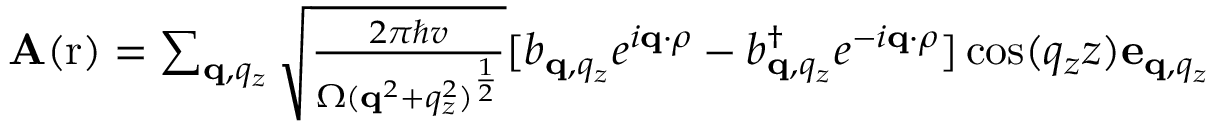
\begin{array} { r } { \mathbf A ( \mathrm r ) = \sum _ { \mathbf q , q _ { z } } \sqrt { \frac { 2 \pi \hbar v } { \Omega ( \mathbf q ^ { 2 } + q _ { z } ^ { 2 } ) ^ { \frac { 1 } { 2 } } } } [ b _ { \mathbf q , q _ { z } } e ^ { i \mathbf q \cdot \rho } - b _ { \mathbf q , q _ { z } } ^ { \dagger } e ^ { - i \mathbf q \cdot \rho } ] \cos ( q _ { z } z ) \mathbf e _ { \mathbf q , q _ { z } } } \end{array}